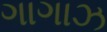
ગાગાઝ